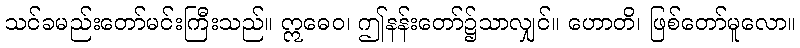
သင်ခမည်းတော်မင်းကြီးသည်။ ဣဓေဝ၊ ဤနန်းတော်၌သာလျှင်။ ဟောတိ၊ ဖြစ်တော်မူလော။